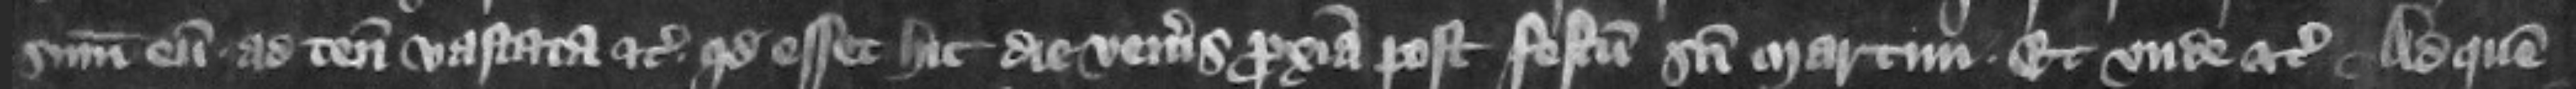
summoneret eum ad tenementa vastata etc. quod esset hic die Veneris proxima post festum Sancti Martini et vnde etc. Ad quem